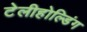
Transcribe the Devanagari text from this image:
टेलीहोल्डिंग